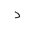
Letter: _dal